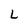
Character: L